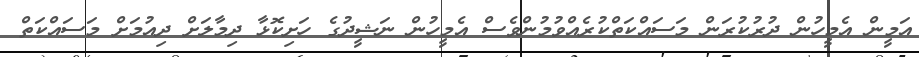
އަމީން އެމީހުން ދުރުކުރަން މަސައްކަތްކުރެއްވުމުންވެސް އެމީހުން ނަޝީދުގެ ހަށިކޮޅާ ދިމާލަށް ދިއުމަށް މަސައްކަތް